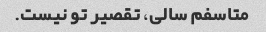
متاسفم سالی، تقصیر تو نیست.